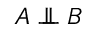
A \perp \! \! \! \perp B